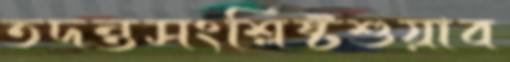
তদন্তসংশ্লিষ্টশুয়াব